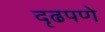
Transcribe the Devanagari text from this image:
दृढपणे